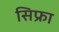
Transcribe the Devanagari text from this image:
सिफ्रा